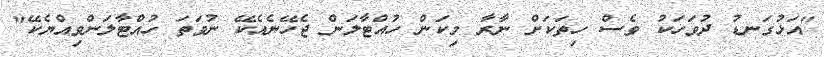
"އަޅުގަނޑު ދުވަހަކު ވެސް ހިތަކަށް ނާރާ މިކަން ހުއްޓާލަން ޖެހޭނެއެކޭ ނުވަތަ ހުއްޓާލަންވިއްޔެކޭ"